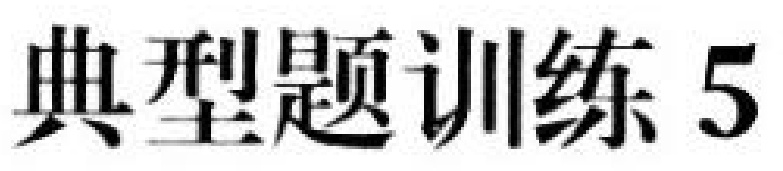
典型题训练5